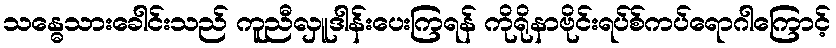
သန္ဓေသားခေါင်းသည် ကူညီလှူဒါန်းပေးကြရန် ကိုရိုနာဗိုင်းရပ်စ်ကပ်ရောဂါကြောင့်